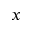
x